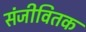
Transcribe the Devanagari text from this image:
संजीवितक